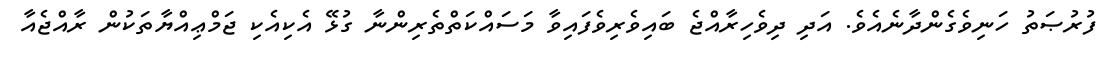
ފުރުޞަތު ހަނިވެގެންދާނެއެވެ. އަދި ދިވެހިރާއްޖެ ބައިވެރިވެފައިވާ މަސައްކަތްތެރިންނާ ގުޅޭ އެކިއެކި ޖަމްޢިއްޔާތަކުން ރާއްޖެއާ